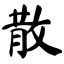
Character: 散